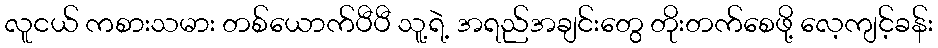
လူငယ် ကစားသမား တစ်ယောက်ပီပီ သူ့ရဲ့ အရည်အချင်းတွေ တိုးတက်စေဖို့ လေ့ကျင့်ခန်း